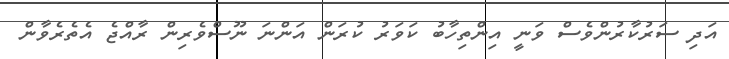
އަދި ސަރުކާރުންވެސް ވަނީ އިންތިހާބު ކަވަރު ކުރަން އަންނަ ނޫސްވެރިން ރާއްޖެ އެތެރެވާން